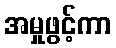
အမှုဖွင့်ကာ